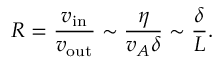
R = { \frac { v _ { \mathrm { i n } } } { v _ { \mathrm { o u t } } } } \sim { \frac { \eta } { v _ { A } \delta } } \sim { \frac { \delta } { L } } .